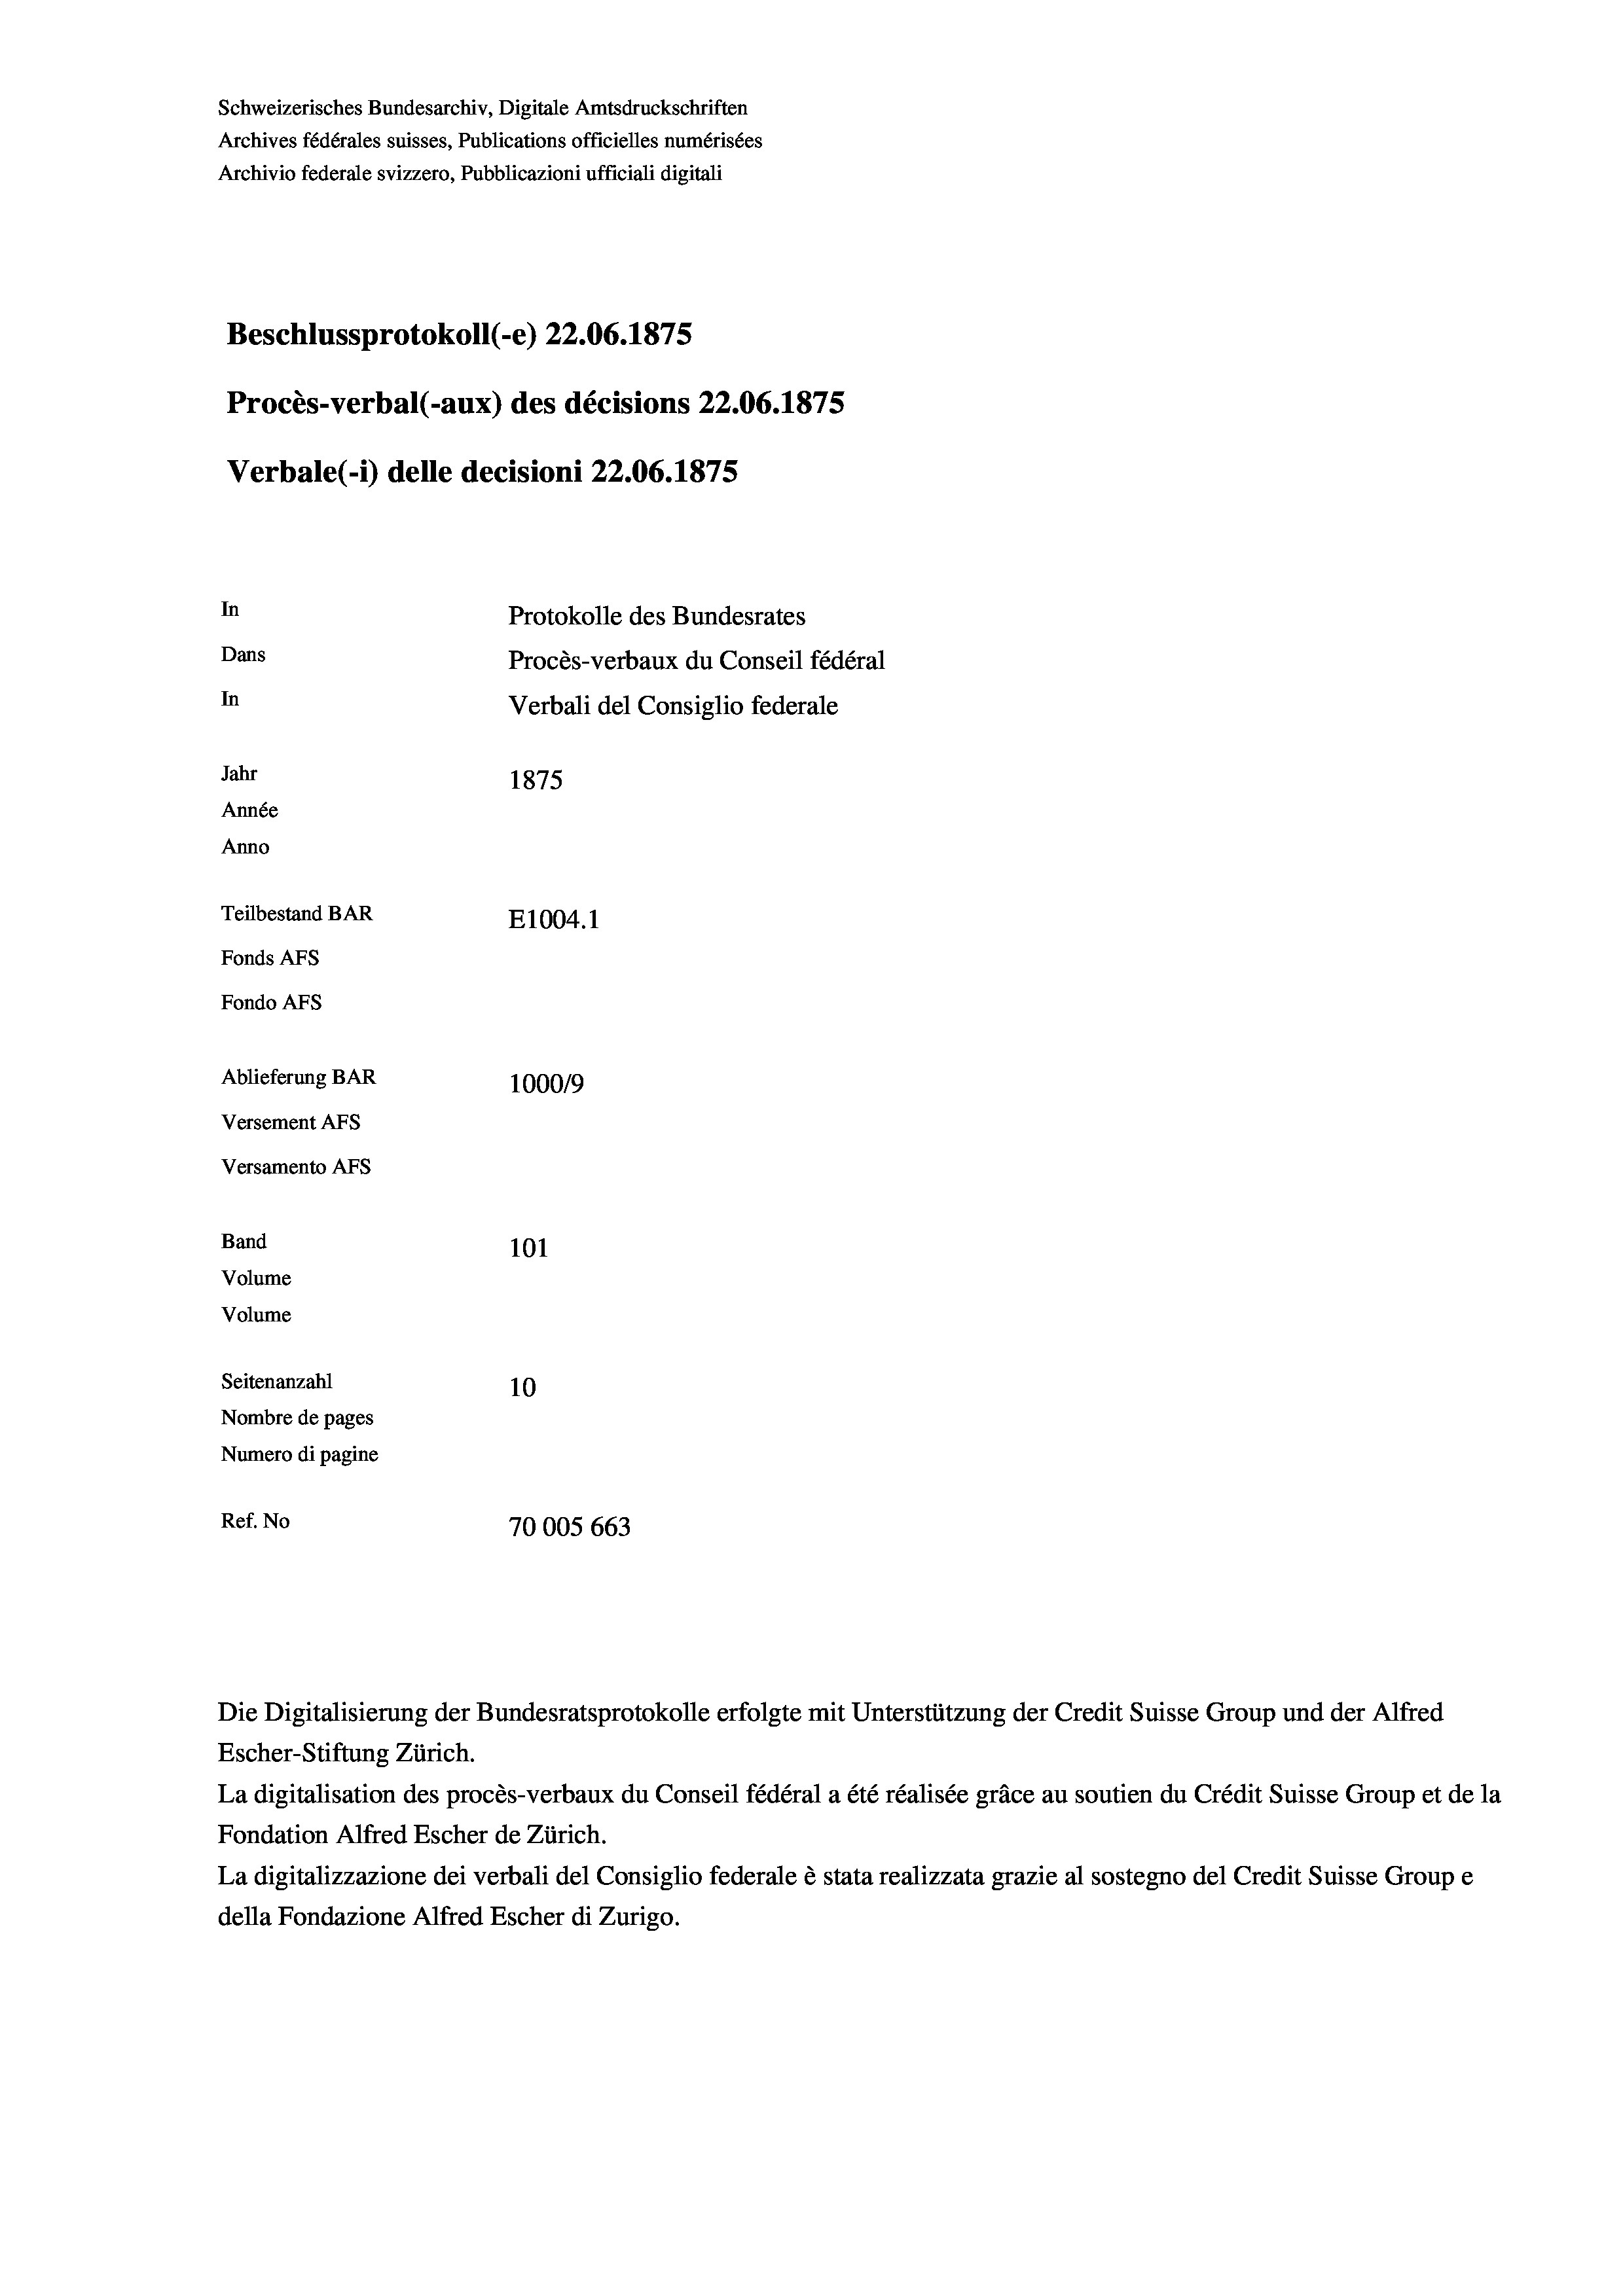
Schweizerisches Bundesarchiv, Digitale Amtsdruckschriften
Archives fédérales suisses, Publications officielles numérisées
Archivio federale svizzero, Pubblicazioni ufficiali digitali
Beschlussprotokoll (-e) 22.06. 1875
Procès-verbal (-aux) des décisions 22.06. 1875
Verbale (i) delle decisioni 22.06. 1875
In
Protokolle des Bundesrates
Dans
Procès-verbaux du Conseil fédéral
In
Verbali del Consiglio federale
Jahr
1875
Année
Anno
Teilbestand BAR
E1004. 1
Fonds AFs
Fondo AFs
Ablieferung BAR
1000/9
Versement Abs
Versamento Afs
Band
101

Seitenanzahl
10
Nombre de pages
Numero di pagine
Ref. No
70005 663

Volume
Volume

Die Digitalisierung der Bundesratsprotokolle erfolgte mit Unterstützung der Credit Suisse Group und der Alfred
Escher-Stiftung Zürich.
La digitalisation des procès-verbaux du Conseil fédéral a été réalisée gräce au soutien du Crédit Suisse Group et de la
Fondation Alfred Escher de Zürich.
La digitalizzazione dei verbali del Consiglio federale è stata realizzata grazie al sostegno del Credit Suisse Groupe
della Fondazione Alfred Escher di Zurigo.